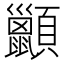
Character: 𫖩